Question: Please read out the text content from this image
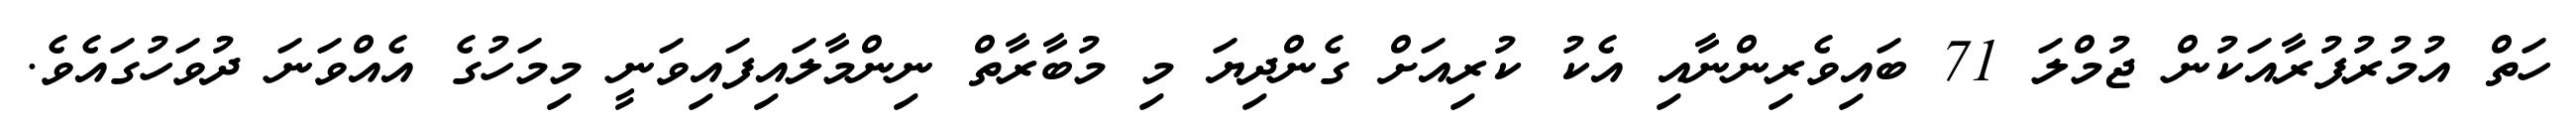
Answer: ހަތް އުމުރުފުރާއަކުން ޖުމްލަ 71 ބައިވެރިންނާއި އެކު ކުރިއަށް ގެންދިޔަ މި މުބާރާތް ނިންމާލައިފައިވަނީ މިމަހުގެ އެއްވަނަ ދުވަހުގައެވެ.